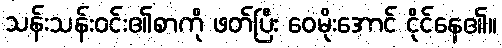
သန်းသန်းဝင်း၏စာကို ဖတ်ပြီး ဝေမိုးအောင် ငိုင်နေ၏။